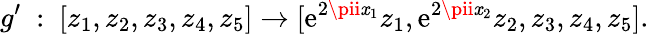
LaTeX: g^{\prime}\ :\ [z_{1},z_{2},z_{3},z_{4},z_{5}]\rightarrow[\mathrm{e}^{2\pii\mathit{x}_{1}}{z_{1}},\mathrm{e}^{2\pii\mathit{x}_{2}}{z_{2}},z_{3},z_{4},z_{5}].